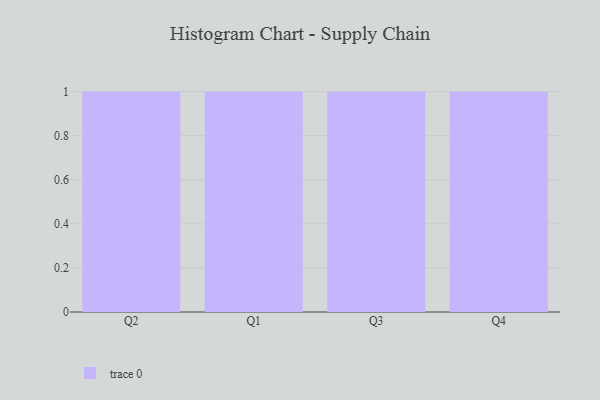
{"axis": {"x": "Quarter", "y": "Temperature (°C)"}, "legend": [""], "data": [{"x": "Q2", "y": 71, "type": ""}, {"x": "Q1", "y": 85, "type": ""}, {"x": "Q3", "y": 34, "type": ""}, {"x": "Q4", "y": 75, "type": ""}]}